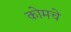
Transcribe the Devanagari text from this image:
कोमचे